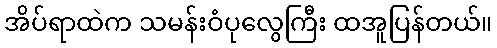
အိပ်ရာထဲက သမန်းဝံပုလွေကြီး ထအူပြန်တယ်။